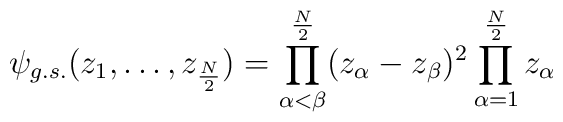
\psi_{g.s.}(z_{1},\ldots ,z_{\frac{N}{2}})=\prod_{\alpha < \beta}^{\frac{N}{2}}(z_{\alpha}-z_{\beta})^{2}\prod_{\alpha=1}^{\frac{N}{2}}z_{\alpha}